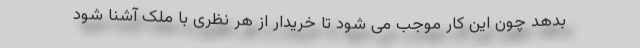
بدهد چون این کار موجب می شود تا خریدار از هر نظری با ملک آشنا شود